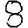
Digit: 8